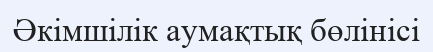
Әкімшілік аумақтық бөлінісі